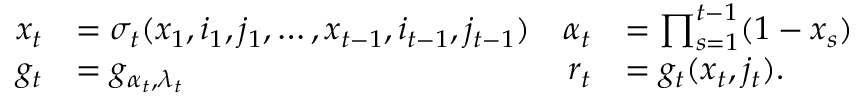
\begin{array} { r l r l } { x _ { t } } & { = \sigma _ { t } ( x _ { 1 } , i _ { 1 } , j _ { 1 } , \dots , x _ { t - 1 } , i _ { t - 1 } , j _ { t - 1 } ) } & { \alpha _ { t } } & { = \prod _ { s = 1 } ^ { t - 1 } ( 1 - x _ { s } ) } \\ { g _ { t } } & { = g _ { \alpha _ { t } , \lambda _ { t } } } & { r _ { t } } & { = g _ { t } ( x _ { t } , j _ { t } ) . } \end{array}